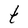
Character: t